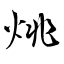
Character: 烑